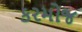
કરમોજ